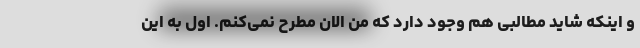
و اینکه شاید مطالبی هم وجود دارد که من الان مطرح نمی‌کنم. اول به این